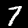
Digit: 7